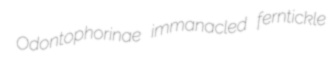
Odontophorinae immanacled ferntickle